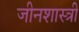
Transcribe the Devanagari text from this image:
जीनशास्त्री